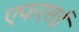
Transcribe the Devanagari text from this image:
एफएसई